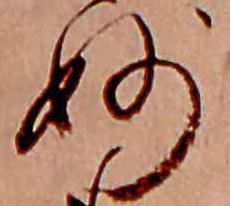
妙